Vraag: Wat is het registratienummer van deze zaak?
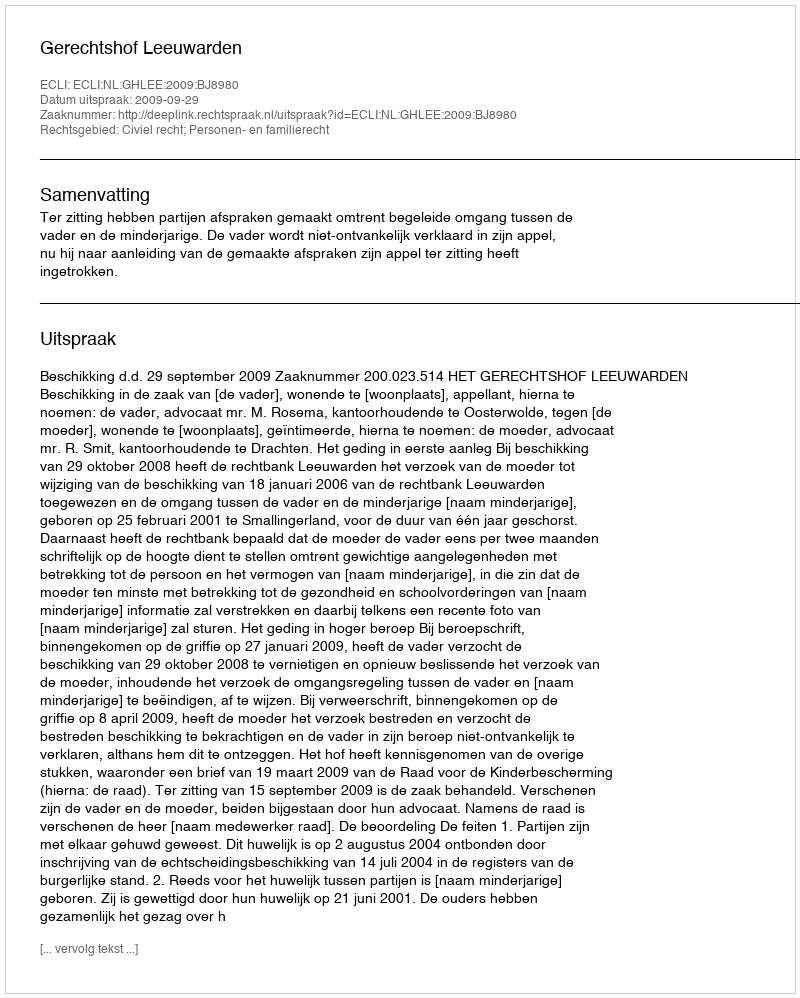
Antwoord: http://deeplink.rechtspraak.nl/uitspraak?id=ECLI:NL:GHLEE:2009:BJ8980